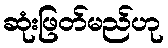
ဆုံးဖြတ်မည်ဟု